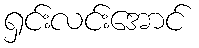
ရှင်းလင်းအောင်